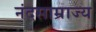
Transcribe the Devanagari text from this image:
नंदसाम्राज्य